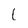
Character: l